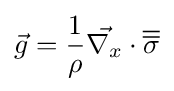
{\vec {g}}={\frac {1}{\rho }}{\vec {\mathbf {\nabla } _{x}}}\cdot {\overline {\overline {\sigma }}}